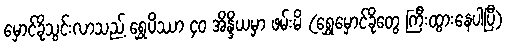
မှောင်ခိုသွင်းလာသည့် ရွှေပိဿာ ၄၀ အိန္ဒိယမှာ ဖမ်းမိ (ရွှေမှောင်ခိုတွေ ကြီးထွားနေပါပြီ)